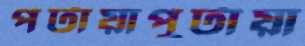
পটায়াপুটায়া